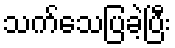
သက်သေပြခဲ့ပြီး